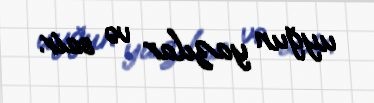
uyğun yazılar və sair.